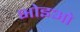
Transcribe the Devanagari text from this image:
भोइओ